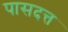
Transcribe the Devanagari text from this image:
पासदत्त